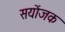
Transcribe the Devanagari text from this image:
सयोंजक